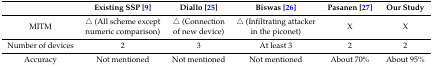
|  | Existing SSP [9] | Diallo [25] | Biswas [26] | Pasanen [27] | Our Study |
 | --- | --- | --- | --- | --- | --- |
 | MITM | △ (All scheme except numeric comparison) | △ (Connection of new device) | △ (Infiltrating attacker in the piconet) | X | X |
 | Number of devices | 2 | 3 | At least 3 | 2 | 2 |
 | Accuracy | Not mentioned | Not mentioned | Not mentioned | About 70% | About 95% |